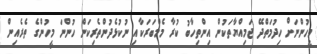
މީހުންނަށް ހިދުމަތްދޭ ޖަމިއްޔާތަކުން އިންތިހާބު ކުރާ މެމްބަރަކާއި ނުކުޅެދުންތެރިކަން ހުންނަ މީހުންގެ ތެރެއިން